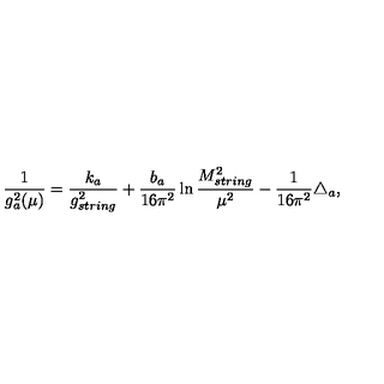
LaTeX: \frac { 1 } { g _ { a } ^ { 2 } ( \mu ) } = \frac { k _ { a } } { g _ { s t r i n g } ^ { 2 } } + \frac { b _ { a } } { 1 6 \pi ^ { 2 } } \ln \frac { M _ { s t r i n g } ^ { 2 } } { \mu ^ { 2 } } - \frac { 1 } { 1 6 \pi ^ { 2 } } \triangle _ { a } ,